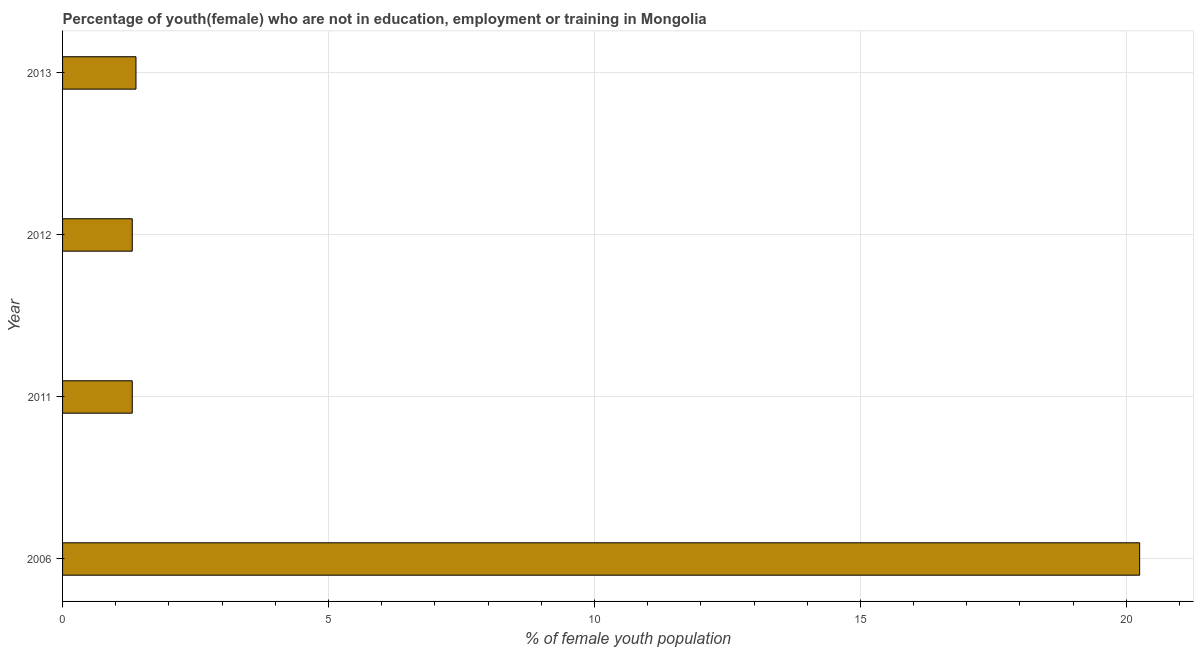
| Year | Unemployed(female) |
 | --- | --- |
 | 2006 | 20.2 |
 | 2011 | 1.31 |
 | 2012 | 1.31 |
 | 2013 | 1.38 |